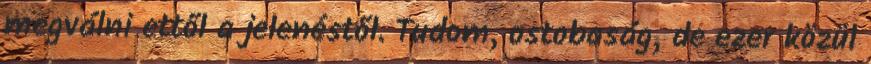
megválni ettől a jelenéstől. Tudom, ostobaság, de ezer közül